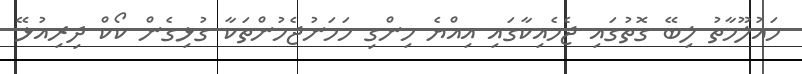
މައުލޫމާތު ލިބޭ ގޮތުގައި ޖެމެއިކާގައި އިއްޔެ ހިންގި ހަމަނުޖެހުންތަކާ ގުޅިގެން ކޯކް ދިރިއުޅޭ